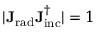
| \mathbf { J _ { \mathrm { { r a d } } } } \mathbf { J _ { \mathrm { { i n c } } } ^ { \dagger } } | = 1